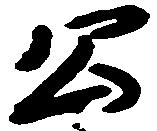
公